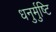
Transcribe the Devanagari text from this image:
धनुर्मुष्टि